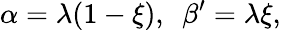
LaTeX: \alpha=\lambda(1-\xi),\, \, \, \beta^{\prime}=\lambda\xi,